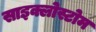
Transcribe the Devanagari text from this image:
साइक्लोस्टोम